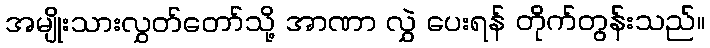
အမျိုးသားလွှတ်တော်သို့ အာဏာ လွှဲ ပေးရန် တိုက်တွန်းသည်။